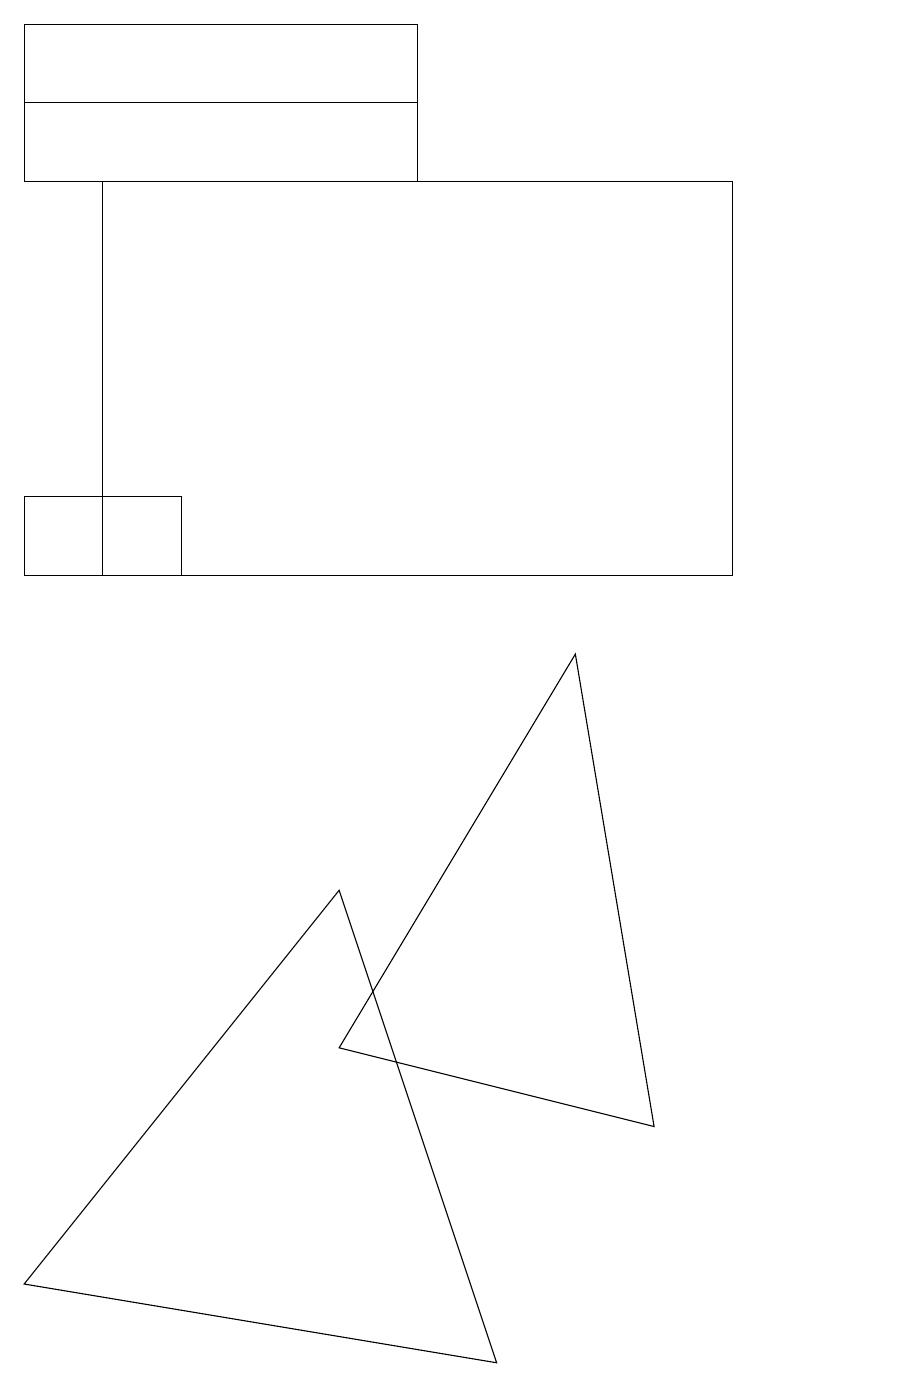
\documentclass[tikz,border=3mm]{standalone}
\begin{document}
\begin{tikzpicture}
\draw (4,4) -- (7,9) -- (8,3) -- cycle;
\draw (5,17) rectangle (0,15);
\draw (11,10) circle (0);
\draw (0,16) rectangle (5,16);
\draw (0,11) rectangle (2,10);
\draw (0,1) -- (4,6) -- (6,0) -- cycle;
\draw (1,15) rectangle (9,10);
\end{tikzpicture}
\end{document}